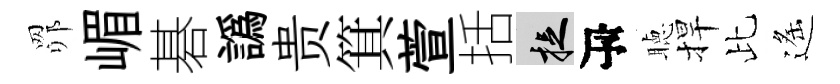
𦊑嵋碁譌贵箕萱括捉瓴聴捍比遙